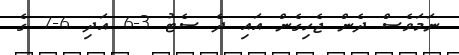
ނަމަވެސް ދެން ޖެހިގެން އައި ދެ ސެޓު 3-6 އަދި 6-7 ގެ